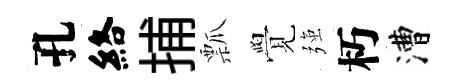
孔絡捕瓢覺强朽漕